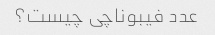
عدد فیبوناچی چیست؟